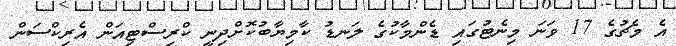
އެ މެޗުގެ 17 ވަނަ މިނެޓުގައި ޑެންމާކުގެ ލަނޑު ކާމިޔާބުކޮށްދިނީ ކްރިސްޓިއަން އެރިކްސަން